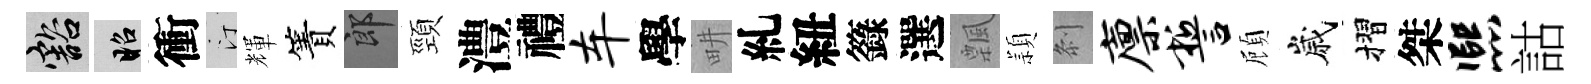
豁昭衝汀輝簀郎頸澧禮车學畊糺紐籙選飄頴𠛴廪誓頋嵗摺桀熙詁